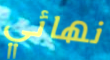
نهائي